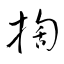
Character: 掏